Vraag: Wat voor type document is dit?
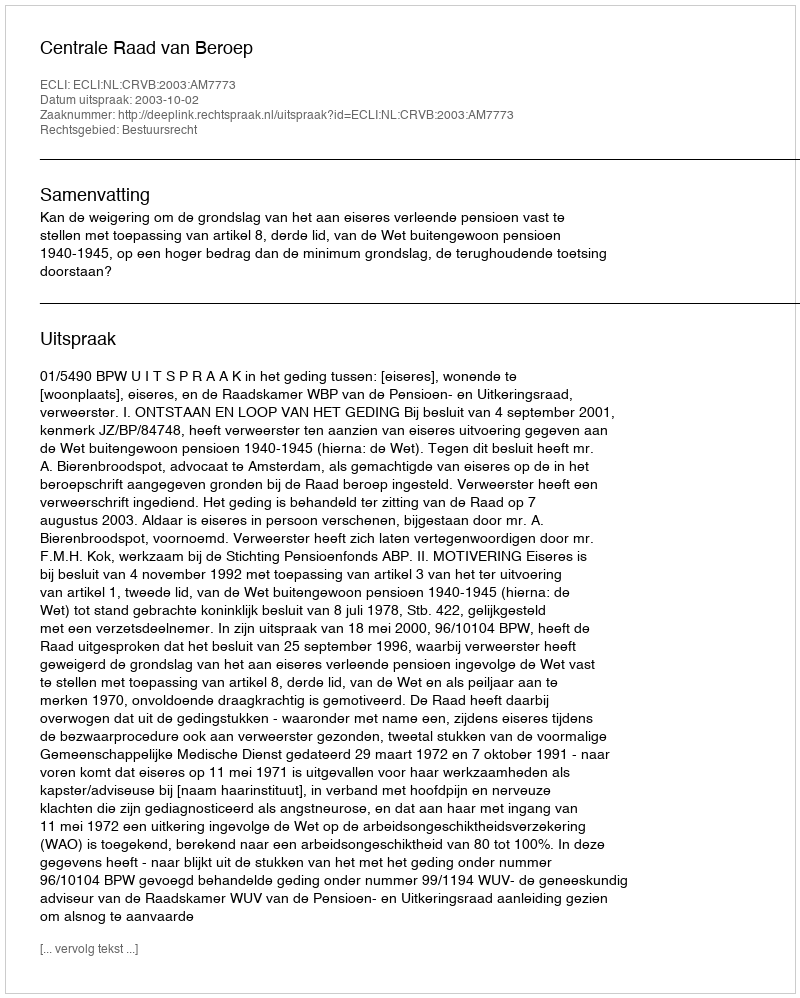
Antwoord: Uitspraak